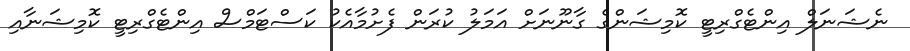
ނެޝަނަލް އިންޓެގްރިޓީ ކޮމިޝަންގެ ގާނޫނަށް އަމަލު ކުރަން ފެށުމާއެކު ކަސްޓަމްސް އިންޓެގްރިޓީ ކޮމިޝަނާއި